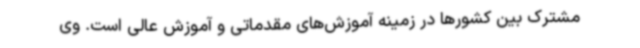
مشترک بین کشورها در زمینه آموزش‌های مقدماتی و آموزش عالی است. وی